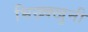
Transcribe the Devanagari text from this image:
भिख्क्खुनी